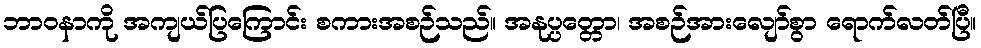
ဘာဝနာကို အကျယ်ပြကြောင်း စကားအစဉ်သည်။ အနုပ္ပတ္တော၊ အစဉ်အားလျော်စွာ ရောက်လတ်ပြီ။